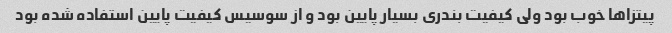
پیتزاها خوب بود ولی کیفیت بندری بسیار پایین بود و از سوسیس کیفیت پایین استفاده شده بود